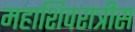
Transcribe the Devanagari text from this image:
महाशिवरात्रीस